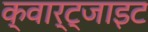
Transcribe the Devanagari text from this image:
क्वार्ट्जाइट